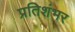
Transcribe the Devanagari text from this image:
प्रतिशंभर